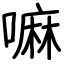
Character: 嘛